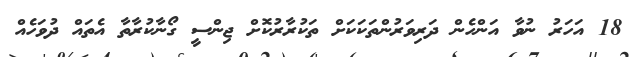
18 އަހަރު ނުވާާ އަންހެން ދަރިވަރުންތަކަކަށް ތަކުރާރުކޮށް ޖިންސީ ގޯނާކުރާތާ އެތައް ދުވަހެއް